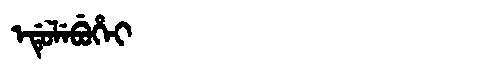
Manchu: ᡝᡩᡠᠯᡝᠪᡠᡥᡝᡳ
Romanization: EDULEBUHEI